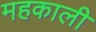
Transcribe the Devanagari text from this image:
महकाली